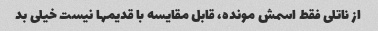
از ناتلی فقط اسمش مونده، قابل مقایسه با قدیمها نیست خیلی بد